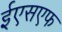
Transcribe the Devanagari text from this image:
ईएसएफ